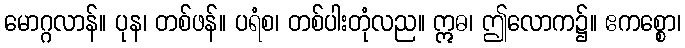
မောဂ္ဂလာန်။ ပုန၊ တစ်ဖန်။ ပရံစ၊ တစ်ပါးတုံလည။ ဣဓ၊ ဤလောက၌။ ဧကစ္စော၊